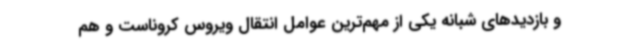
و بازدیدهای شبانه یکی از مهم‌ترین عوامل انتقال ویروس کروناست و هم